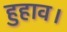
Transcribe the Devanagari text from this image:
हुहाव।